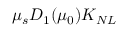
\mu _ { s } D _ { 1 } ( \mu _ { 0 } ) K _ { N L }